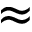
\approx